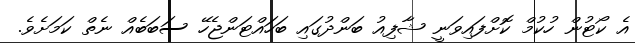
އެ ކޯޓުން ހުކުމް ކޮށްފައިވަނީ ޝާފިއު ބަންދުގައި ބަހައްޓަންޖެހޭ ސަބަބެއް ނެތް ކަމަށެވެ.